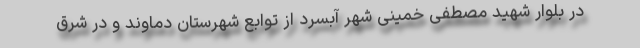
در بلوار شهید مصطفی خمینی شهر آبسرد از توابع شهرستان دماوند و در شرق